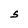
Character: S